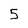
Character: 5